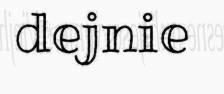
dejnie